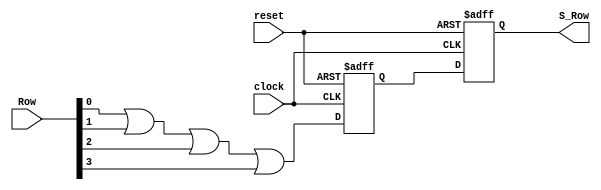
module Synchronizer (S_Row, Row, clock, reset);
  output		S_Row;
  input	[3: 0]	Row;
  input		clock, reset;
  reg 		A_Row, S_Row;
  always @ (negedge clock or posedge reset) begin   // Two stage pipeline synchronizer
    if (reset)  begin 	A_Row <= 0; 
S_Row <= 0; 
    end
    else begin 		A_Row <= (Row[0] || Row[1] || Row[2] || Row[3]); 
      			S_Row <= A_Row;
    end
 end
endmodule